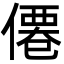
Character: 僊